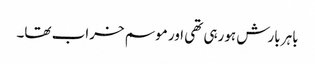
باہر بارش ہورہی تھی اور موسم خراب تھا۔